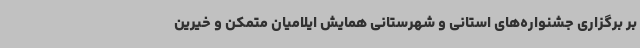
بر برگزاری جشنواره‌های استانی و شهرستانی همایش ایلامیان متمکن و خیرین